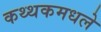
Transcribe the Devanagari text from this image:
कथ्थकमधले